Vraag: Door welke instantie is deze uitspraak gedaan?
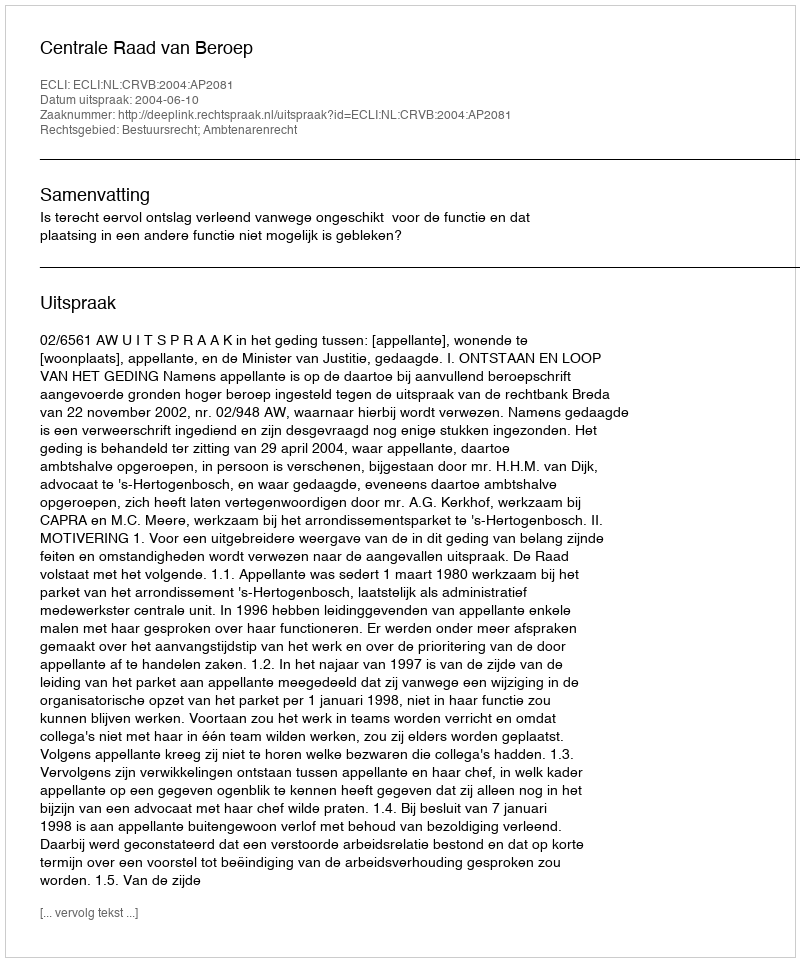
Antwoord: Centrale Raad van Beroep